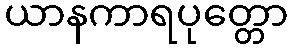
ယာနကာရပုတ္တော